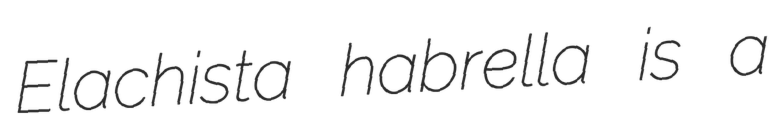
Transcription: Elachista habrella is a